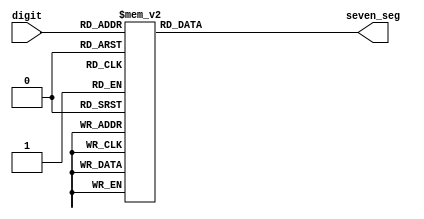
`timescale 1ns / 1ps
//////////////////////////////////////////////////////////////////////////////////
// Company: 
// Engineer: 
// 
// Design Name: 
// Module Name:    seven_segment 
// Project Name: 
// Target Devices: 
// Tool versions: 
// Description: 
//
// Dependencies: 
//
// Revision: 
// Revision 0.01 - File Created
// Additional Comments: 
//
//////////////////////////////////////////////////////////////////////////////////
module seven_segment(
		// input
		digit,
		// output
		seven_seg
    );
		
		input wire [3:0] digit;
		output wire [7:0] seven_seg;

		reg [7:0] temp_seg;
		
		always @ (*)
			begin
				case(digit)
					4'd0: temp_seg = 8'b11000000;
					4'd1: temp_seg = 8'b11111001;
					4'd2: temp_seg = 8'b10100100;
					4'd3: temp_seg = 8'b10110000;
					4'd4: temp_seg = 8'b10011001;
					4'd5: temp_seg = 8'b10010010;
					4'd6: temp_seg = 8'b10000010;
					4'd7: temp_seg = 8'b11111000;
					4'd8: temp_seg = 8'b10000000;
					4'd9: temp_seg = 8'b10010000;
					default: temp_seg = 8'b11111111;
				endcase
			end
			assign seven_seg = temp_seg;
endmodule